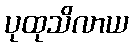
ပုထုသိလာယ